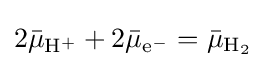
2{\bar {\mu }}_{\mathrm {H} ^{+}}+2{\bar {\mu }}_{\mathrm {e} ^{-}}={\bar {\mu }}_{\mathrm {H} _{2}}